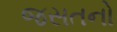
જસતનો